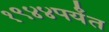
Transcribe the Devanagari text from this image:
१९४४पर्यंत